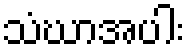
သံဃာအပါး